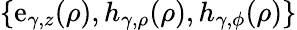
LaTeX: \{ \mathrm{e}_{\gamma,z}(\rho),h_{\gamma,\rho}(\rho),h_{\gamma,\phi}(\rho)\}